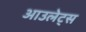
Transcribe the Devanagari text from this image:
आउलेट्स